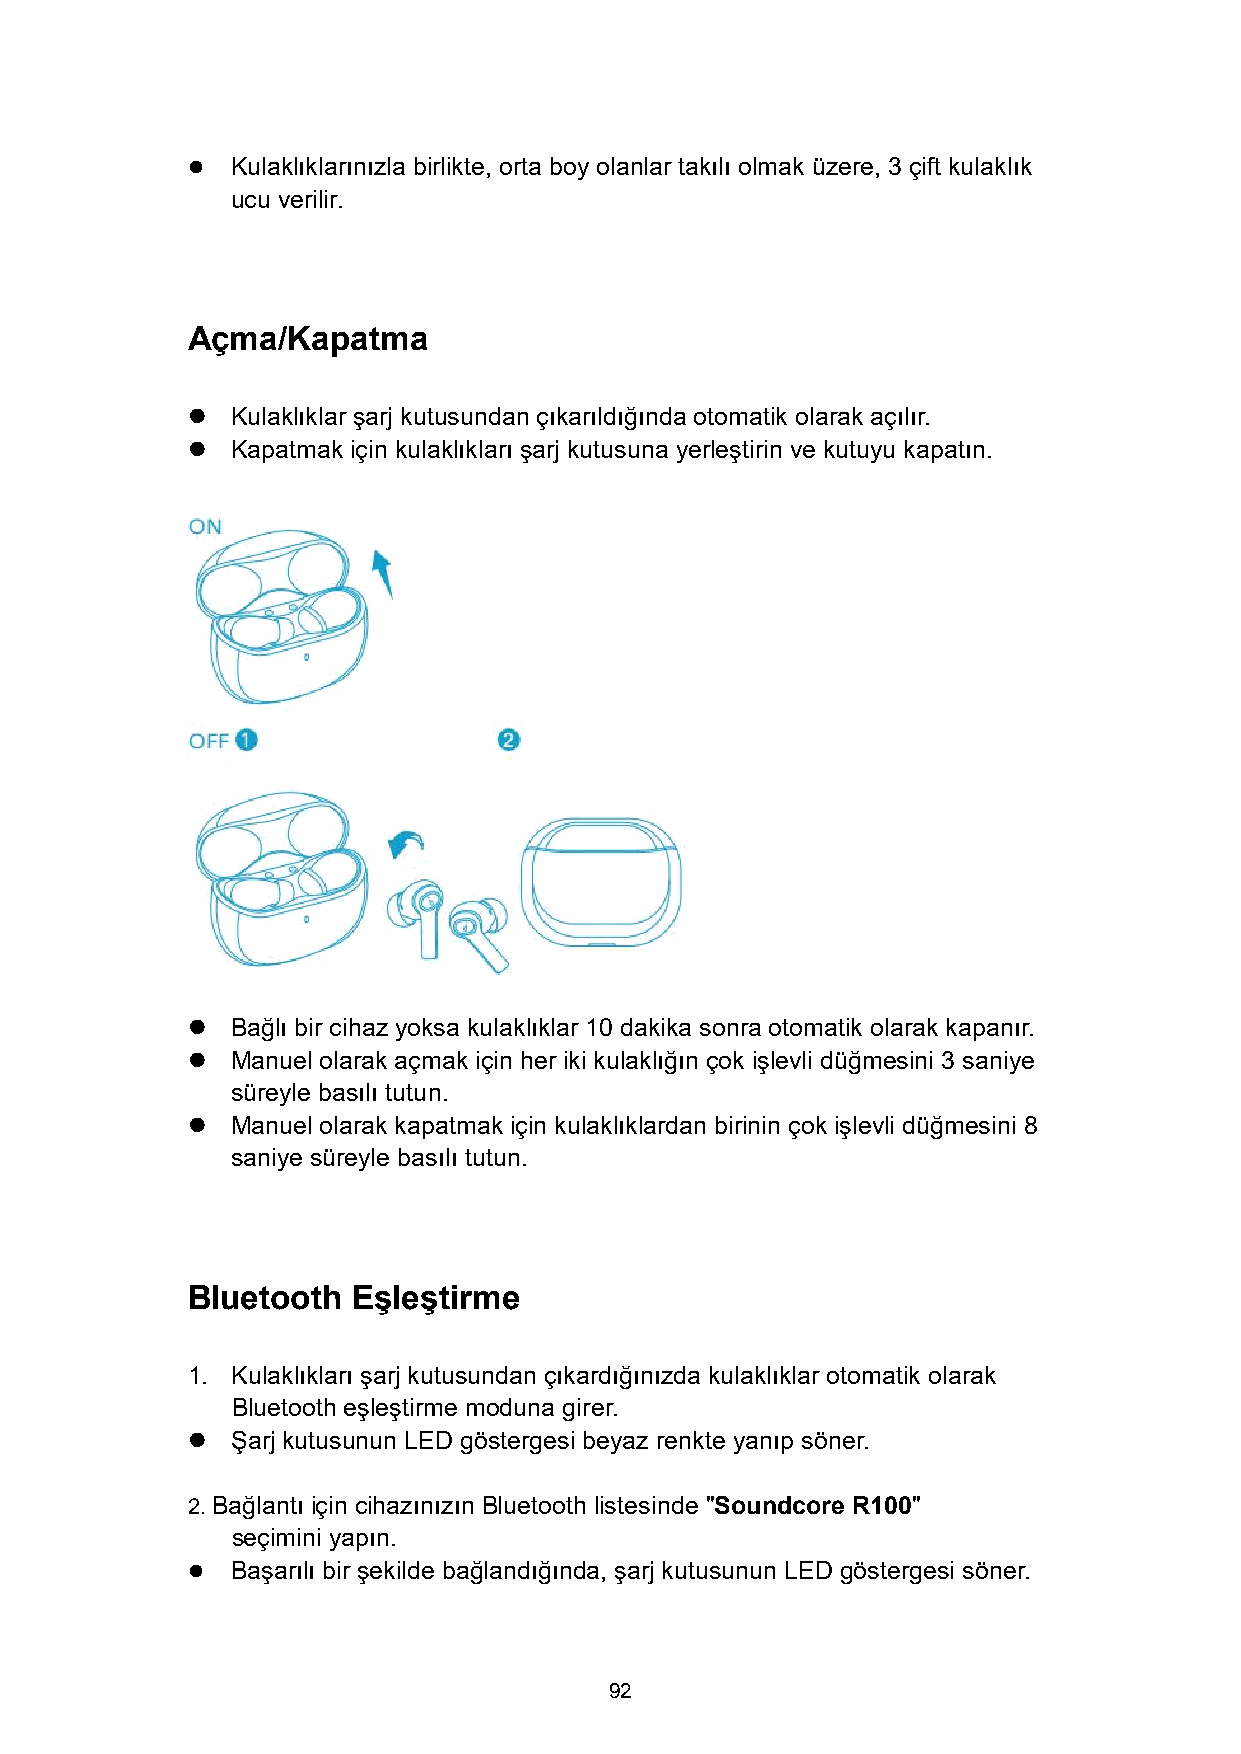
  Kulaklıklarınızla birlikte, orta boy olanlar takılı olmak üzere, 3 çift kulaklık
 ucu verilir.
 Açma/Kapatma
   Kulaklıklar şarj kutusundan çıkarıldığında otomatik olarak açılır.
   Kapatmak için kulaklıkları şarj kutusuna yerleştirin ve kutuyu kapatın.
   Bağlı bir cihaz yoksa kulaklıklar 10 dakika sonra otomatik olarak kapanır.
   Manuel olarak açmak için her iki kulaklığın çok işlevli düğmesini 3 saniye
 süreyle basılı tutun.
   Manuel olarak kapatmak için kulaklıklardan birinin çok işlevli düğmesini 8
 saniye süreyle basılı tutun.
 Bluetooth  Eşleştirme
 1. Kulaklıkları şarj kutusundan çıkardığınızda kulaklıklar otomatik olarak
 Bluetooth eşleştirme moduna girer.
   Şarj kutusunun LED göstergesi beyaz renkte yanıp söner.
 2. Bağlantı için cihazınızın Bluetooth listesinde "Soundcore R100"
 seçimini yapın.
   Başarılı bir şekilde bağlandığında, şarj kutusunun LED göstergesi söner.
 92